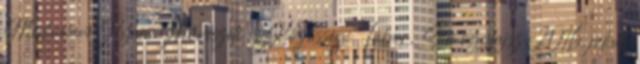
Mediawave Nyári Művészeti és Közösségi Tábor, Somogyfajsz, 2016. július